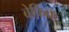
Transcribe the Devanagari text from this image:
बेफ़िक्र